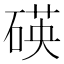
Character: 碤